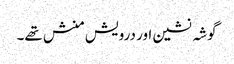
گوشہ نشین اور درویش منش تھے۔